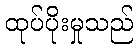
ထုပ်ပိုးမှုသည်